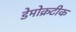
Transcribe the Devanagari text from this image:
डेमोक्रटीक